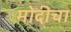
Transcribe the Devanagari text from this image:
मोदीचा